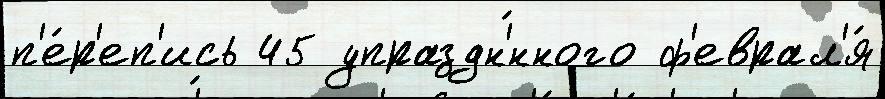
п'е́р'еп'ись 45 упраздн'́нного ф'еврал'я́